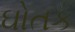
ઘોતક